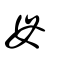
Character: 母